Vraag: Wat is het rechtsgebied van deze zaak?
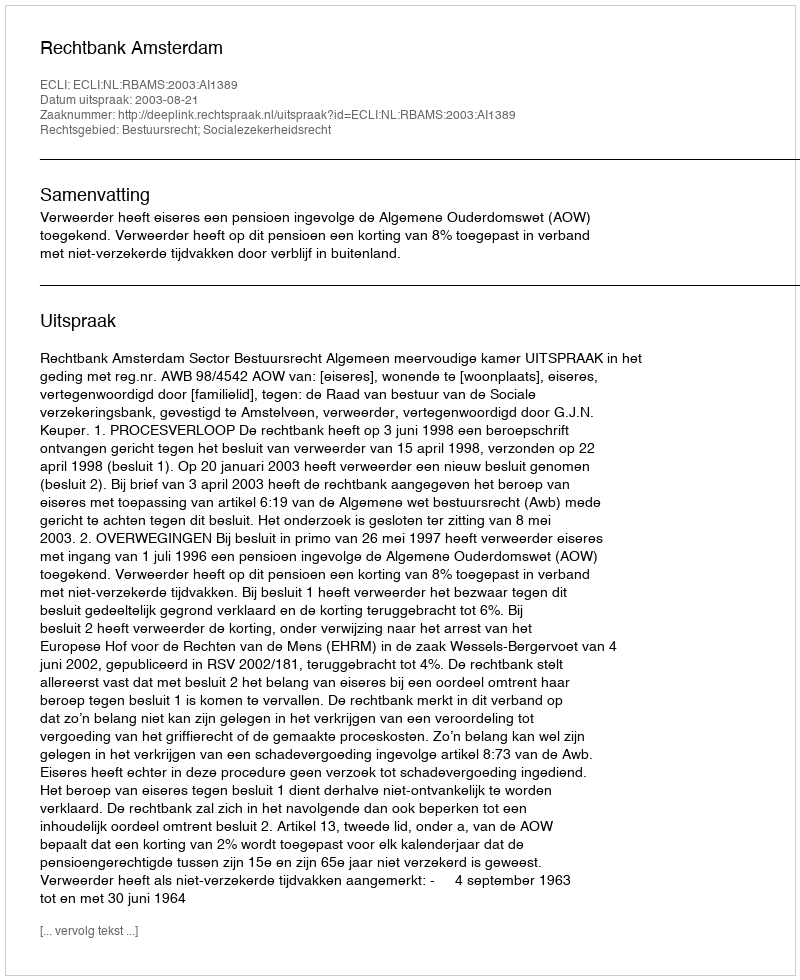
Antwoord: Bestuursrecht; Socialezekerheidsrecht